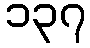
၁၃၇